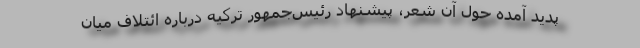
پدید آمده حول آن شعر، پیشنهاد رئیس‌جمهور ترکیه درباره ائتلاف میان